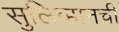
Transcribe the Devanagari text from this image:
सुलिव्हानची